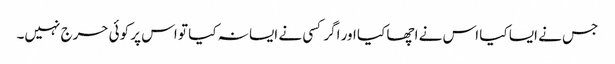
جس نے ایسا کیا اس نے اچھا کیا اور اگر کسی نے ایسا نہ کیا تو اس پر کوئی حرج نہیں۔